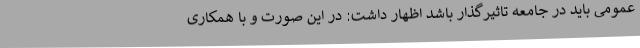
عمومی باید در جامعه تاثیرگذار باشد اظهار داشت: در این صورت و با همکاری